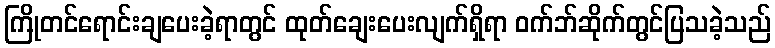
ကြိုတင်ရောင်းချပေးခဲ့ရာတွင် ထုတ်ချေးပေးလျက်ရှိရာ ဝက်ဘ်ဆိုက်တွင်ပြသခဲ့သည်